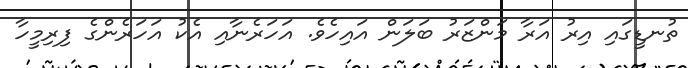
ތުނޑީގައި އިރު އަރާ މަންޒަރު ބަލަން އައިހެވެ. އަހަރެނާއި އެކު އަހަރެންގެ ފިރިމީހާ